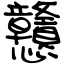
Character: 戇